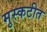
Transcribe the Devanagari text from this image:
मुस्कटीत